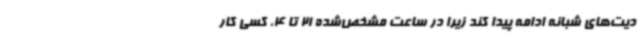
دیت‌های شبانه ادامه پیدا کند زیرا در ساعت مشخص‌شده 21 تا 4، کسی کار